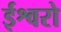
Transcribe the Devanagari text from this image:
ईश्वरो